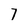
Character: 7